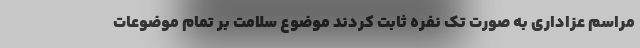
مراسم عزاداری به صورت تک نفره ثابت کردند موضوع سلامت بر تمام موضوعات